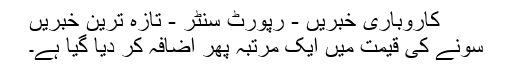
کاروباری خبریں - رپورٹ سنٹر - تازہ ترین خبریں
سونے کی قیمت میں ایک مرتبہ پھر اضافہ کر دیا گیا ہے۔